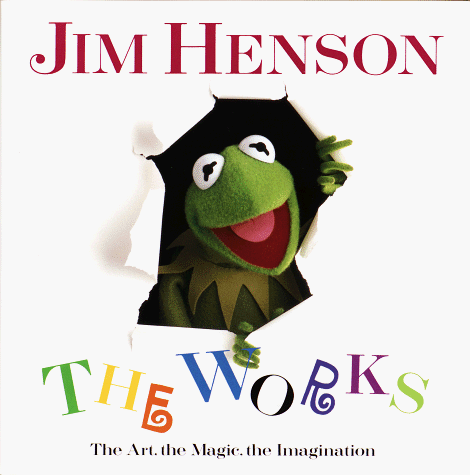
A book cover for Jim Henson: The Works - The Art, the Magic, the Imagination; Christopher Finch; Humor & Entertainment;